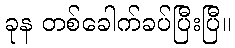
ခုန တစ်ခေါက်ခပ်ပြီးပြီ။